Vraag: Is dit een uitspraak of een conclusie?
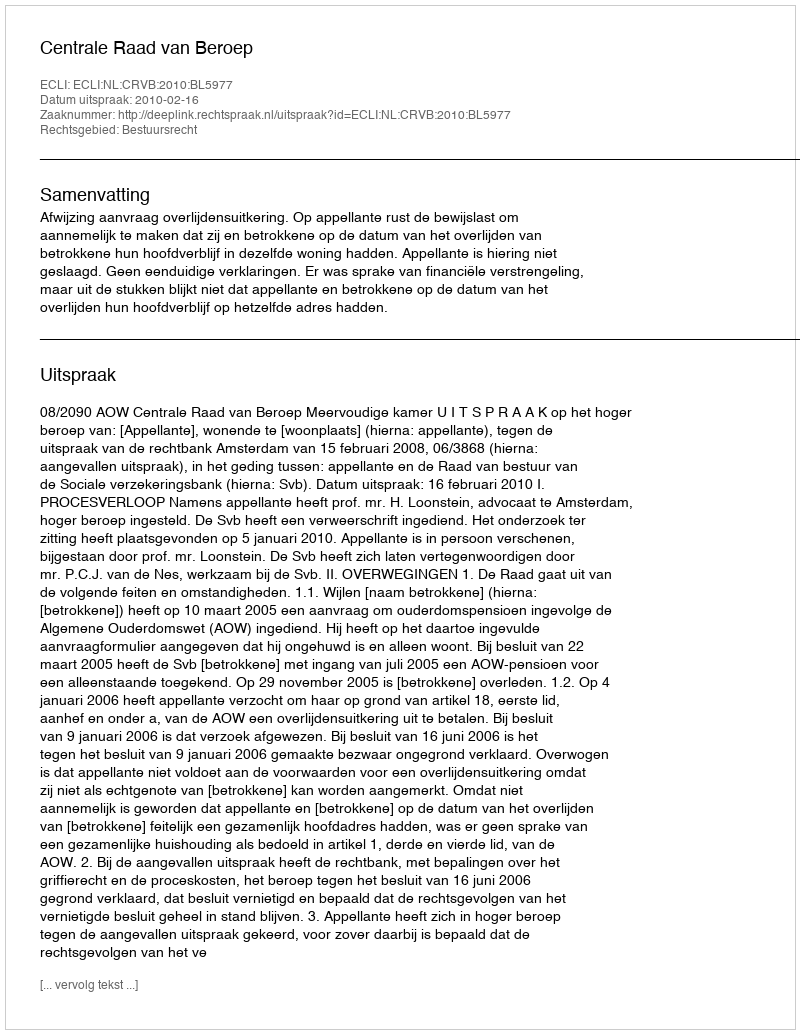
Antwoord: Uitspraak